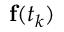
{ \bf f } ( t _ { k } )